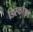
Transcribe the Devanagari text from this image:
डिस्कॉइड